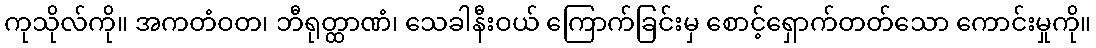
ကုသိုလ်ကို။ အကတံဝတ၊ ဘီရုတ္ထာဏံ၊ သေခါနီးဝယ် ကြောက်ခြင်းမှ စောင့်ရှောက်တတ်သော ကောင်းမှုကို။